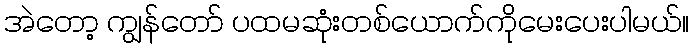
အဲတော့ ကျွန်တော် ပထမဆုံးတစ်ယောက်ကိုမေးပေးပါမယ်။